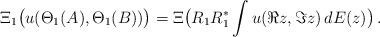
LaTeX: \begin{align*} \Xi_1\big(u(\Theta_1(A),\Theta_1(B))\big) = \Xi\big(R_1R_1^* \int u(\Re z,\Im z) \, dE(z)\big) \,.\end{align*}